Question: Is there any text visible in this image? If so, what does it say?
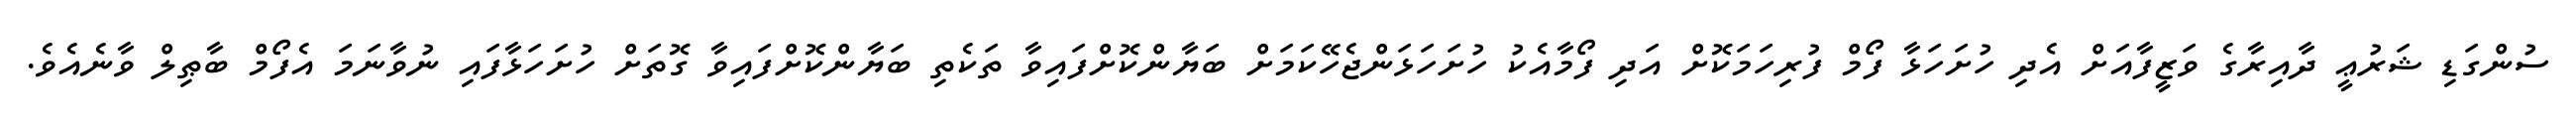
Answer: ސުންގަޑި ޝަރުޢީ ދާއިރާގެ ވަޒީފާއަށް އެދި ހުށަހަޅާ ފޯމް ފުރިހަމަކޮށް އަދި ފޯމާއެކު ހުށަހަޅަންޖެހޭކަމަށް ބަޔާންކޮށްފައިވާ ތަކެތި ބަޔާންކޮށްފައިވާ ގޮތަށް ހުށަހަޅާފައި ނުވާނަމަ އެފޯމް ބާޠިލް ވާނެއެވެ.